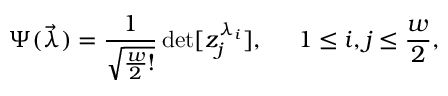
\Psi ( \vec { \lambda } ) = \frac { 1 } { \sqrt { \frac { w } { 2 } ! } } \operatorname * { d e t } [ z _ { j } ^ { \lambda _ { i } } ] , \; \; \; \; \; 1 \leq i , j \leq \frac { w } { 2 } ,